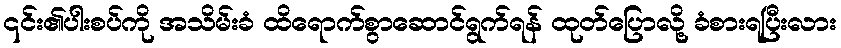
၎င်း၏ပါးစပ်ကို အသိမ်းခံ ထိရောက်စွာဆောင်ရွက်ရန် ထုတ်ပြောလို့ ခံစားရပြီးလား